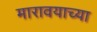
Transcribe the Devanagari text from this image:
मारावयाच्या